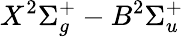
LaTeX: X^{2}\Sigma_{g}^{+}-B^{2}\Sigma_{u}^{+}